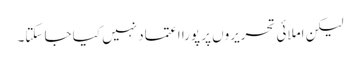
لیکن املائی تحریروں پر پورا اعتماد نہیں کیا جا سکتا۔